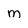
Character: M